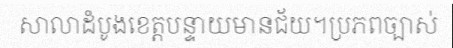
សាលាដំបូងខេត្តបន្ទាយមានជ័យ។ប្រភពច្បាស់